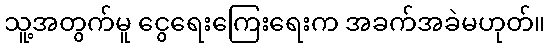
သူ့အတွက်မူ ငွေရေးကြေးရေးက အခက်အခဲမဟုတ်။